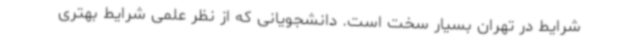
شرایط در تهران بسیار سخت است. دانشجویانی که از نظر علمی شرایط بهتری